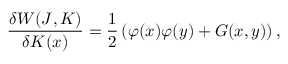
\frac { \delta W ( J , K ) } { \delta K ( x ) } = \frac { 1 } { 2 } \left( \varphi ( x ) \varphi ( y ) + G ( x , y ) \right) ,